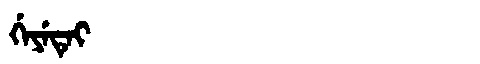
Manchu: ᡤᡝᠶᡝᡨᡝᡳ
Romanization: GEYETEI